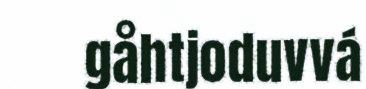
gåhtjoduvvá